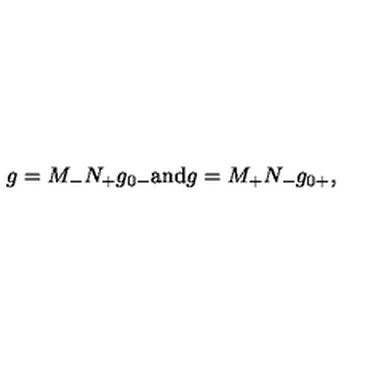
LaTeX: g = M _ { - } N _ { + } g _ { 0 - } \mathrm { a n d } g = M _ { + } N _ { - } g _ { 0 + } ,